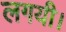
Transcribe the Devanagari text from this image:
लगयी।